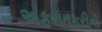
અફરાતફરીનો